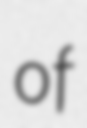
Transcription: of